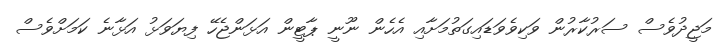
މަޖީދުވެސް ސަރުކާރުން ވަކިވެވަޑައިގަތުމަށާއި އެހެން ނޫނީ ޕާޓީން އަޅަންޖެހޭ ފިޔަވަޅު އަޅާނެ ކަމަށްވެސް